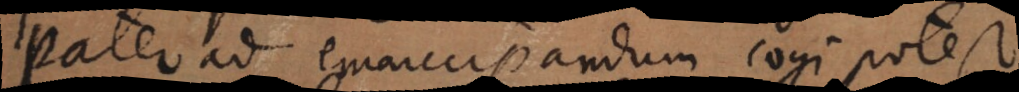
Pater ad emancipandum cogi potest